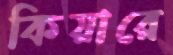
কিয়ারে